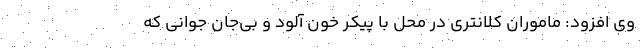
وی افزود: ماموران کلانتری در محل با پیکر خون آلود و بی‌جان جوانی که